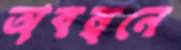
অবম্বনে